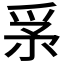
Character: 𤔍